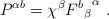
\begin{align*}P^{\alpha b} = \chi^\beta {{F^b}_\beta}^\alpha\ .\end{align*}